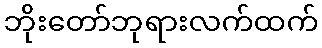
ဘိုးတော်ဘုရားလက်ထက်